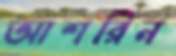
আশরিন